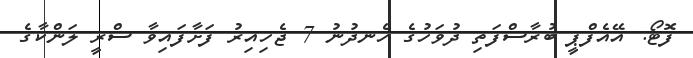
ފޮޓޯ: އޭއެފްޕީ ބުރާސްފަތި ދުވަހުގެ ހެނދުނު 7 ޖެހިއިރު ފަށާފައިވާ ސްރީ ލަންކާގެ